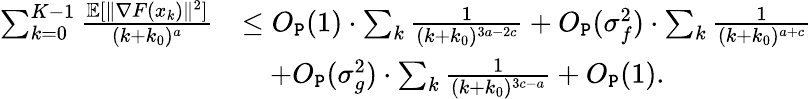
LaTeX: \begin{array}{rl}{\sum_{k=0}^{K-1}\frac{\mathbb{E}[\| \nabla F(x_{k})\| ^{2}]}{(k+k_{0})^{a}}}&{\le O_{\texttt{P}}(1)\cdot\sum_{k}\frac{1}{(k+k_{0})^{3a-2c}}+O_{\texttt{P}}(\sigma_{f}^{2})\cdot\sum_{k}\frac{1}{(k+k_{0})^{a+c}}}\\ &{\quad+O_{\texttt{P}}(\sigma_{g}^{2})\cdot\sum_{k}\frac{1}{(k+k_{0})^{3c-a}}+O_{\texttt{P}}(1).}\end{array}